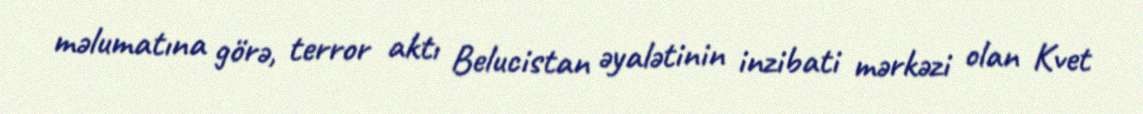
məlumatına görə, terror aktı Belucistan əyalətinin inzibati mərkəzi olan Kvet